Indian journal of veterinary science and animal husbandry - Volume 13,
Year: 1943
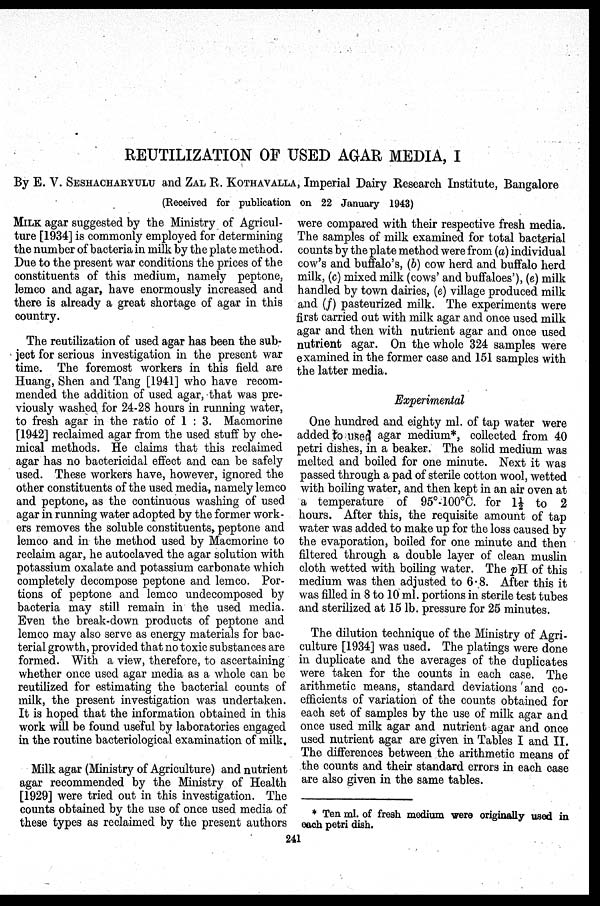
REUTILIZATION OF USED AGAR MEDIA, I
By E. V. SESHACHARYULU and ZAL R. KOTHAVALLA, Imperial Dairy Research Institute, Bangalore
(Received for publication on 22 January 1943)
MILK agar suggested by the Ministry of Agricul-
ture [1934] is commonly employed for determining
the number of bacteria in milk by the plate method.
Due to the present war conditions the prices of the
constituents of this medium, namely peptone,
lemco and agar, have enormously increased and
there is already a great shortage of agar in this
country.
The reutilization of used agar has been the sub-
ject for serious investigation in the present war
time. The foremost workers in this field are
Huang, Shen and Tang [1941] who have recom-
mended the addition of used agar, that was pre-
viously washed for 24-28 hours in running water,
to fresh agar in the ratio of 1 : 3. Macmorine
[1942] reclaimed agar from the used stuff by che-
mical methods. He claims that this reclaimed
agar has no bactericidal effect and can be safely
used. These workers have, however, ignored the
other constituents of the used media, namely lemco
and peptone, as the continuous washing of used
agar in running water adopted by the former work-
ers removes the soluble constituents, peptone and
lemco and in the method used by Macmorine to
reclaim agar, he autoclaved the agar solution with
potassium oxalate and potassium carbonate which
completely decompose peptone and lemco. Por-
tions of peptone and lemco undecomposed by
bacteria may still remain in the used media.
Even the break-down products of peptone and
lemco may also serve as energy materials for bac-
terial growth, provided that no toxic substances are
formed. With a view, therefore, to ascertaining
whether once used agar media as a whole can be
reutilized for estimating the bacterial counts of
milk, the present investigation was undertaken.
It is hoped that the information obtained in this
work will be found useful by laboratories engaged
in the routine bacteriological examination of milk.
Milk agar (Ministry of Agriculture) and nutrient
agar recommended by the Ministry of Health
[1929] were tried out in this investigation. The
counts obtained by the use of once used media of
these types as reclaimed by the present authors
were compared with their respective fresh media.
The samples of milk examined for total bacterial
counts by the plate method were from (a) individual
cow's and buffalo's, (b) cow herd and buffalo herd
milk, (c) mixed milk (cows' and buffaloes'), (e) milk
handled by town dairies, (e) village produced milk
and (f) pasteurized milk. The experiments were
first carried out with milk agar and once used milk
agar and then with nutrient agar and once used
nutrient agar. On the whole 324 samples were
examined in the former case and 151 samples with
the latter media.
Experimental
One hundred and eighty ml. of tap water were
added to used agar medium*, collected from 40
petri dishes, in a beaker. The solid medium was
melted and boiled for one minute. Next it was
passed through a pad of sterile cotton wool, wetted
with boiling water, and then kept in an air oven at
a temperature of 95°-100°C. for 1½ to 2
hours. After this, the requisite amount of tap
water was added to make up for the loss caused by
the evaporation, boiled for one minute and then
filtered through a double layer of clean muslin
cloth wetted with boiling water. The pH of this
medium was then adjusted to 6.8. After this it
was filled in 8 to 10 ml. portions in sterile test tubes
and sterilized at 15 lb. pressure for 25 minutes.
The dilution technique of the Ministry of Agri-
culture [1934] was used. The platings were done
in duplicate and the averages of the duplicates
were taken for the counts in each case. The
arithmetic means, standard deviations and co-
efficients of variation of the counts obtained for
each set of samples by the use of milk agar and
once used milk agar and nutrient agar and once
used nutrient agar are given in Tables I and II.
The differences between the arithmetic means of
the counts and their standard errors in each case
are also given in the same tables.
* Ten ml. of fresh medium were originally used in
each petri dish.
241